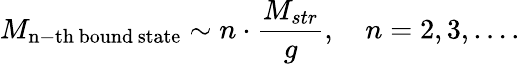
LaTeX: M_{\mathrm{n-th\, bound\, state}}\sim n\cdot\frac{M_{str}}{g},\quad n=2,3,\ldots.